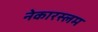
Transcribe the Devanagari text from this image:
नेकारस्लम